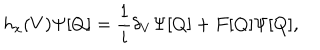
LaTeX: h _ { x } ( V ) \Psi [ Q ] = { \frac { 1 } { i } } \delta _ { V } \Psi [ Q ] + F [ Q ] \Psi [ Q ] ,